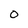
Character: O